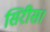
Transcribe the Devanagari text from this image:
सिरीस।